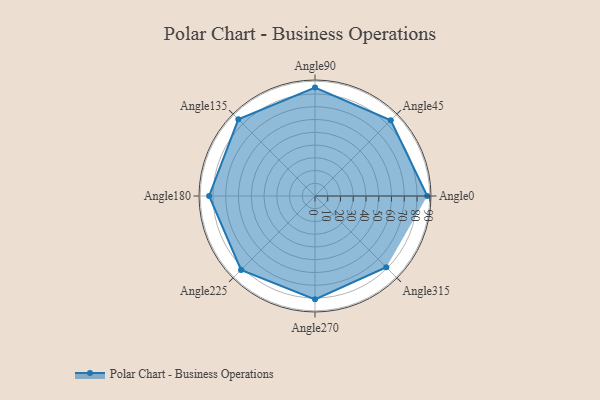
{"axis": {"x": "Angle", "y": "Radius"}, "legend": [""], "data": [{"x": "Angle0", "y": 88.0, "type": ""}, {"x": "Angle45", "y": 84.0, "type": ""}, {"x": "Angle90", "y": 85.0, "type": ""}, {"x": "Angle135", "y": 85.0, "type": ""}, {"x": "Angle180", "y": 83.0, "type": ""}, {"x": "Angle225", "y": 82.0, "type": ""}, {"x": "Angle270", "y": 81.0, "type": ""}, {"x": "Angle315", "y": 79.0, "type": ""}]}